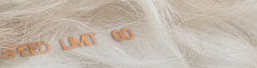
SPEED LIMIT 60